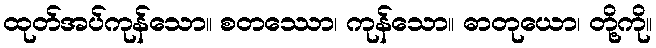
ထုတ်အပ်ကုန်သော။ စတဿော၊ ကုန်သော။ ဓာတုယော၊ တို့ကို။